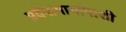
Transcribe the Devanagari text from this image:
प्रवेशमार्गापाशी